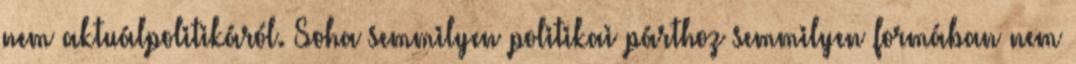
nem aktuálpolitikáról. Soha semmilyen politikai párthoz semmilyen formában nem